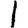
Digit: 1